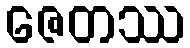
ဇေတဿ